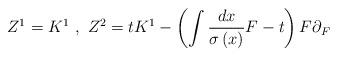
LaTeX: \begin{align*}Z^{1}=K^{1}~,~Z^{2}=tK^{1}-\left( \int \frac{dx}{\sigma \left( x\right) }F-t\right) F\partial _{F}\end{align*}